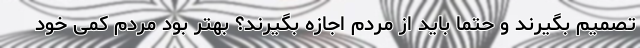
تصمیم بگیرند و حتما باید از مردم اجازه بگیرند؟ بهتر بود مردم کمی خود